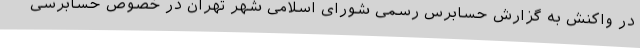
در واکنش به گزارش حسابرس رسمی شورای اسلامی شهر تهران در خصوص حسابرسی